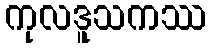
ကုလဒူသကဿ